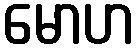
မောဟ